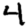
Digit: 4